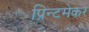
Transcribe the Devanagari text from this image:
प्रिन्टमेकर